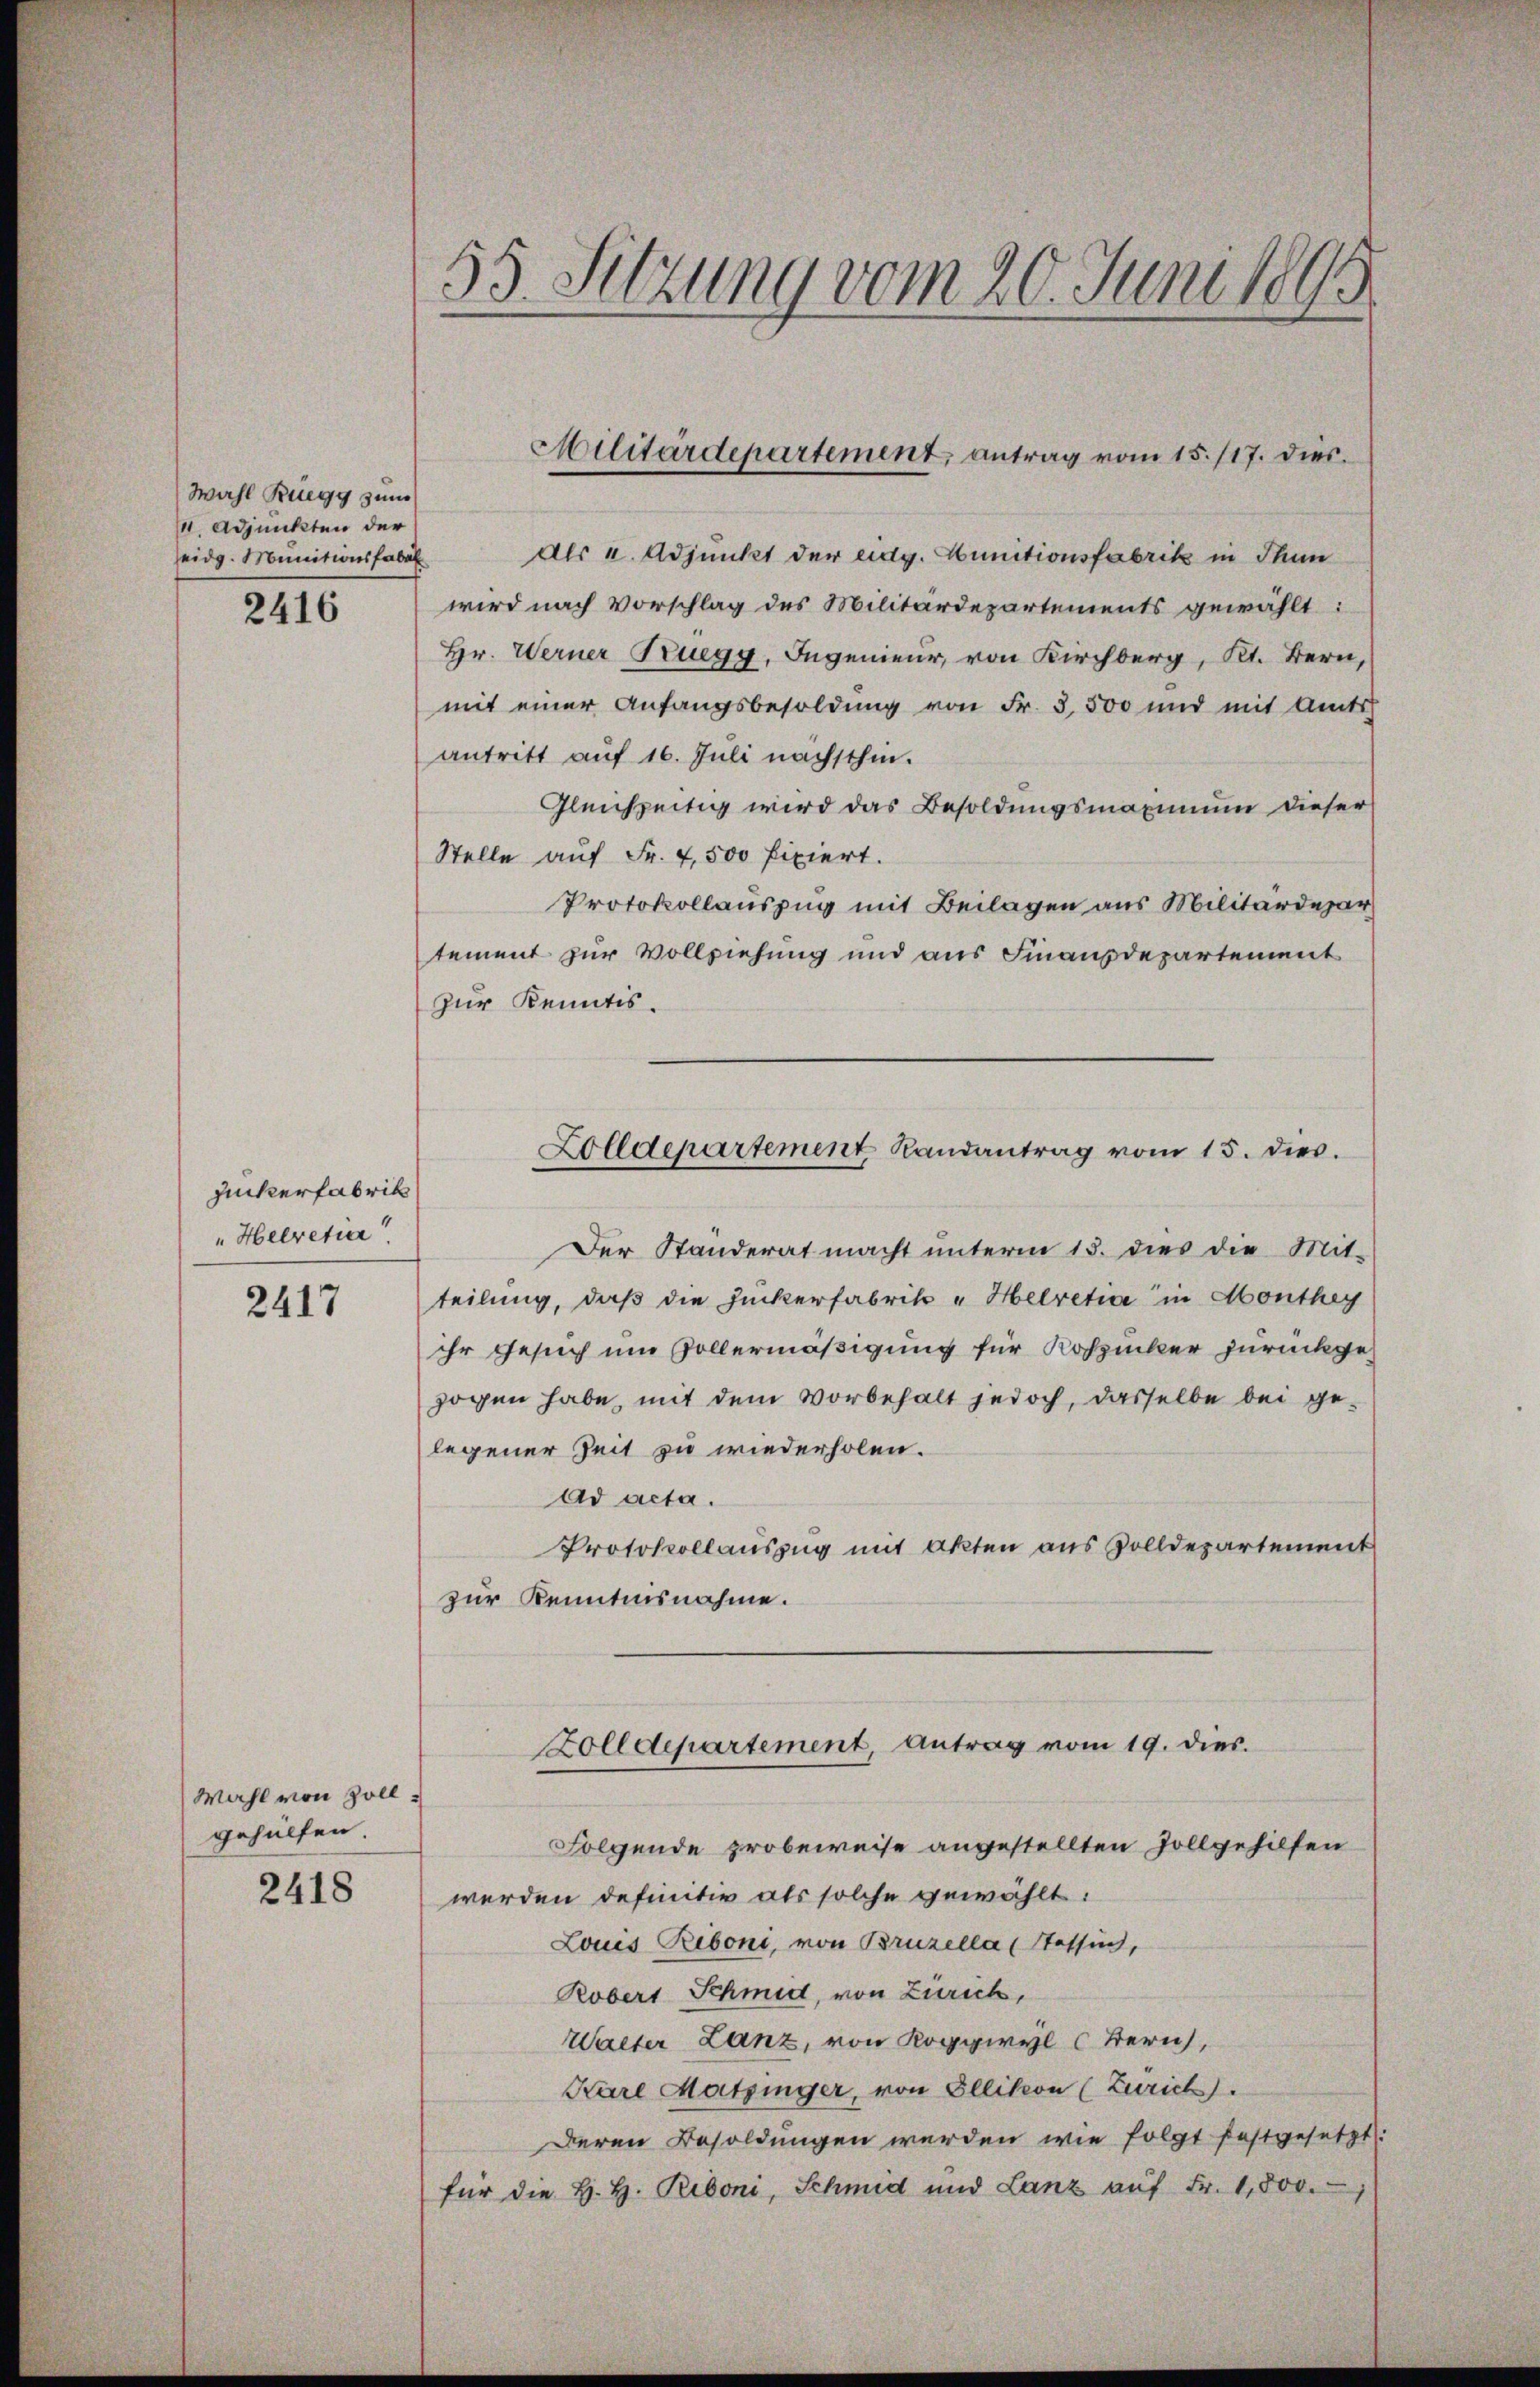
Wahl Ruegg zum
111. Adjunkten der
seidg. Munitionsfabal

2416

Zuckerfabrik
"Helvetier

2417

Wahl von Zollgehülfen.
2418

55. Sitzung vom 20. Juni 1895

Als u. Adjunkt der eidg. Munitionsfabrik in Thun
wird nach Vorschlag des Militärdepartements gewählt:
Hr. Werner Truegg, Ingenieur, von Kirchberg, Kt. Bern,
mit einer Anfangsbesoldung von Fr. 3,500 und mit Amts
antritt auf 16. Juli nächsthin.
Gleichzeitig wird das Besoldungsmaxinium dieser
Stelle auf Fr. 4,500 fixiert.
Protokollauszug mit Beilagen aus Militärdepar
tement zur Vollziehung und aus Finanzdepartement
zur Kenntis.
Zolldepartement Randantrag vom 15. dies.
Der Ständerat macht unterm 15. dies die Mit-
teilung, daß die Zuckerfabrik „Helvetia in Monthey
ihr Gesuch um Vollermäßigung für Rossiker zurückgezogen habe, mit dem Vorbehalt jedoch, dasselbe bei ge-
legener Zeit zu wiederholen.
Ad acta.
Protokollauszug mit Akten aus Zolldepartement
zur Kenntnisnahme.

Militärdepartement, antrag vom 15. 117. dies

Zolldepartement, Antrag vom 19. dies.

Folgende probeweise angestellten Zollgehilfen
werden definitiv als solche gewählt:
Louis Riboni, von Bruzella (Stossen,
Robert Schmid, von Zürich,
Walter Lanz, von Roggwyl Zürich,
Kare Matzinger, von Ellikon (Zürich).
Deren Besoldungen werden wie folgt festgesetzt:
für die H. H. Riboni, Schmid und Lanz aŭf Fr. 1,800.